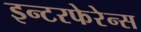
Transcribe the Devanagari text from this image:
इन्टरफेरेन्स